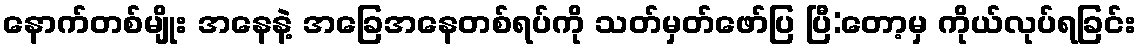
နောက်တစ်မျိုး အနေနဲ့ အခြေအနေတစ်ရပ်ကို သတ်မှတ်ဖော်ပြ ပြီ:တော့မှ ကိုယ်လုပ်ရခြင်း